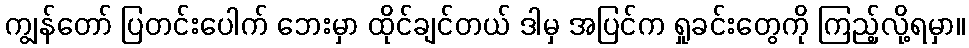
ကျွန်တော် ပြတင်းပေါက် ဘေးမှာ ထိုင်ချင်တယ် ဒါမှ အပြင်က ရှုခင်းတွေကို ကြည့်လို့ရမှာ။